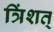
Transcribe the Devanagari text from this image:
त्रिंशत्